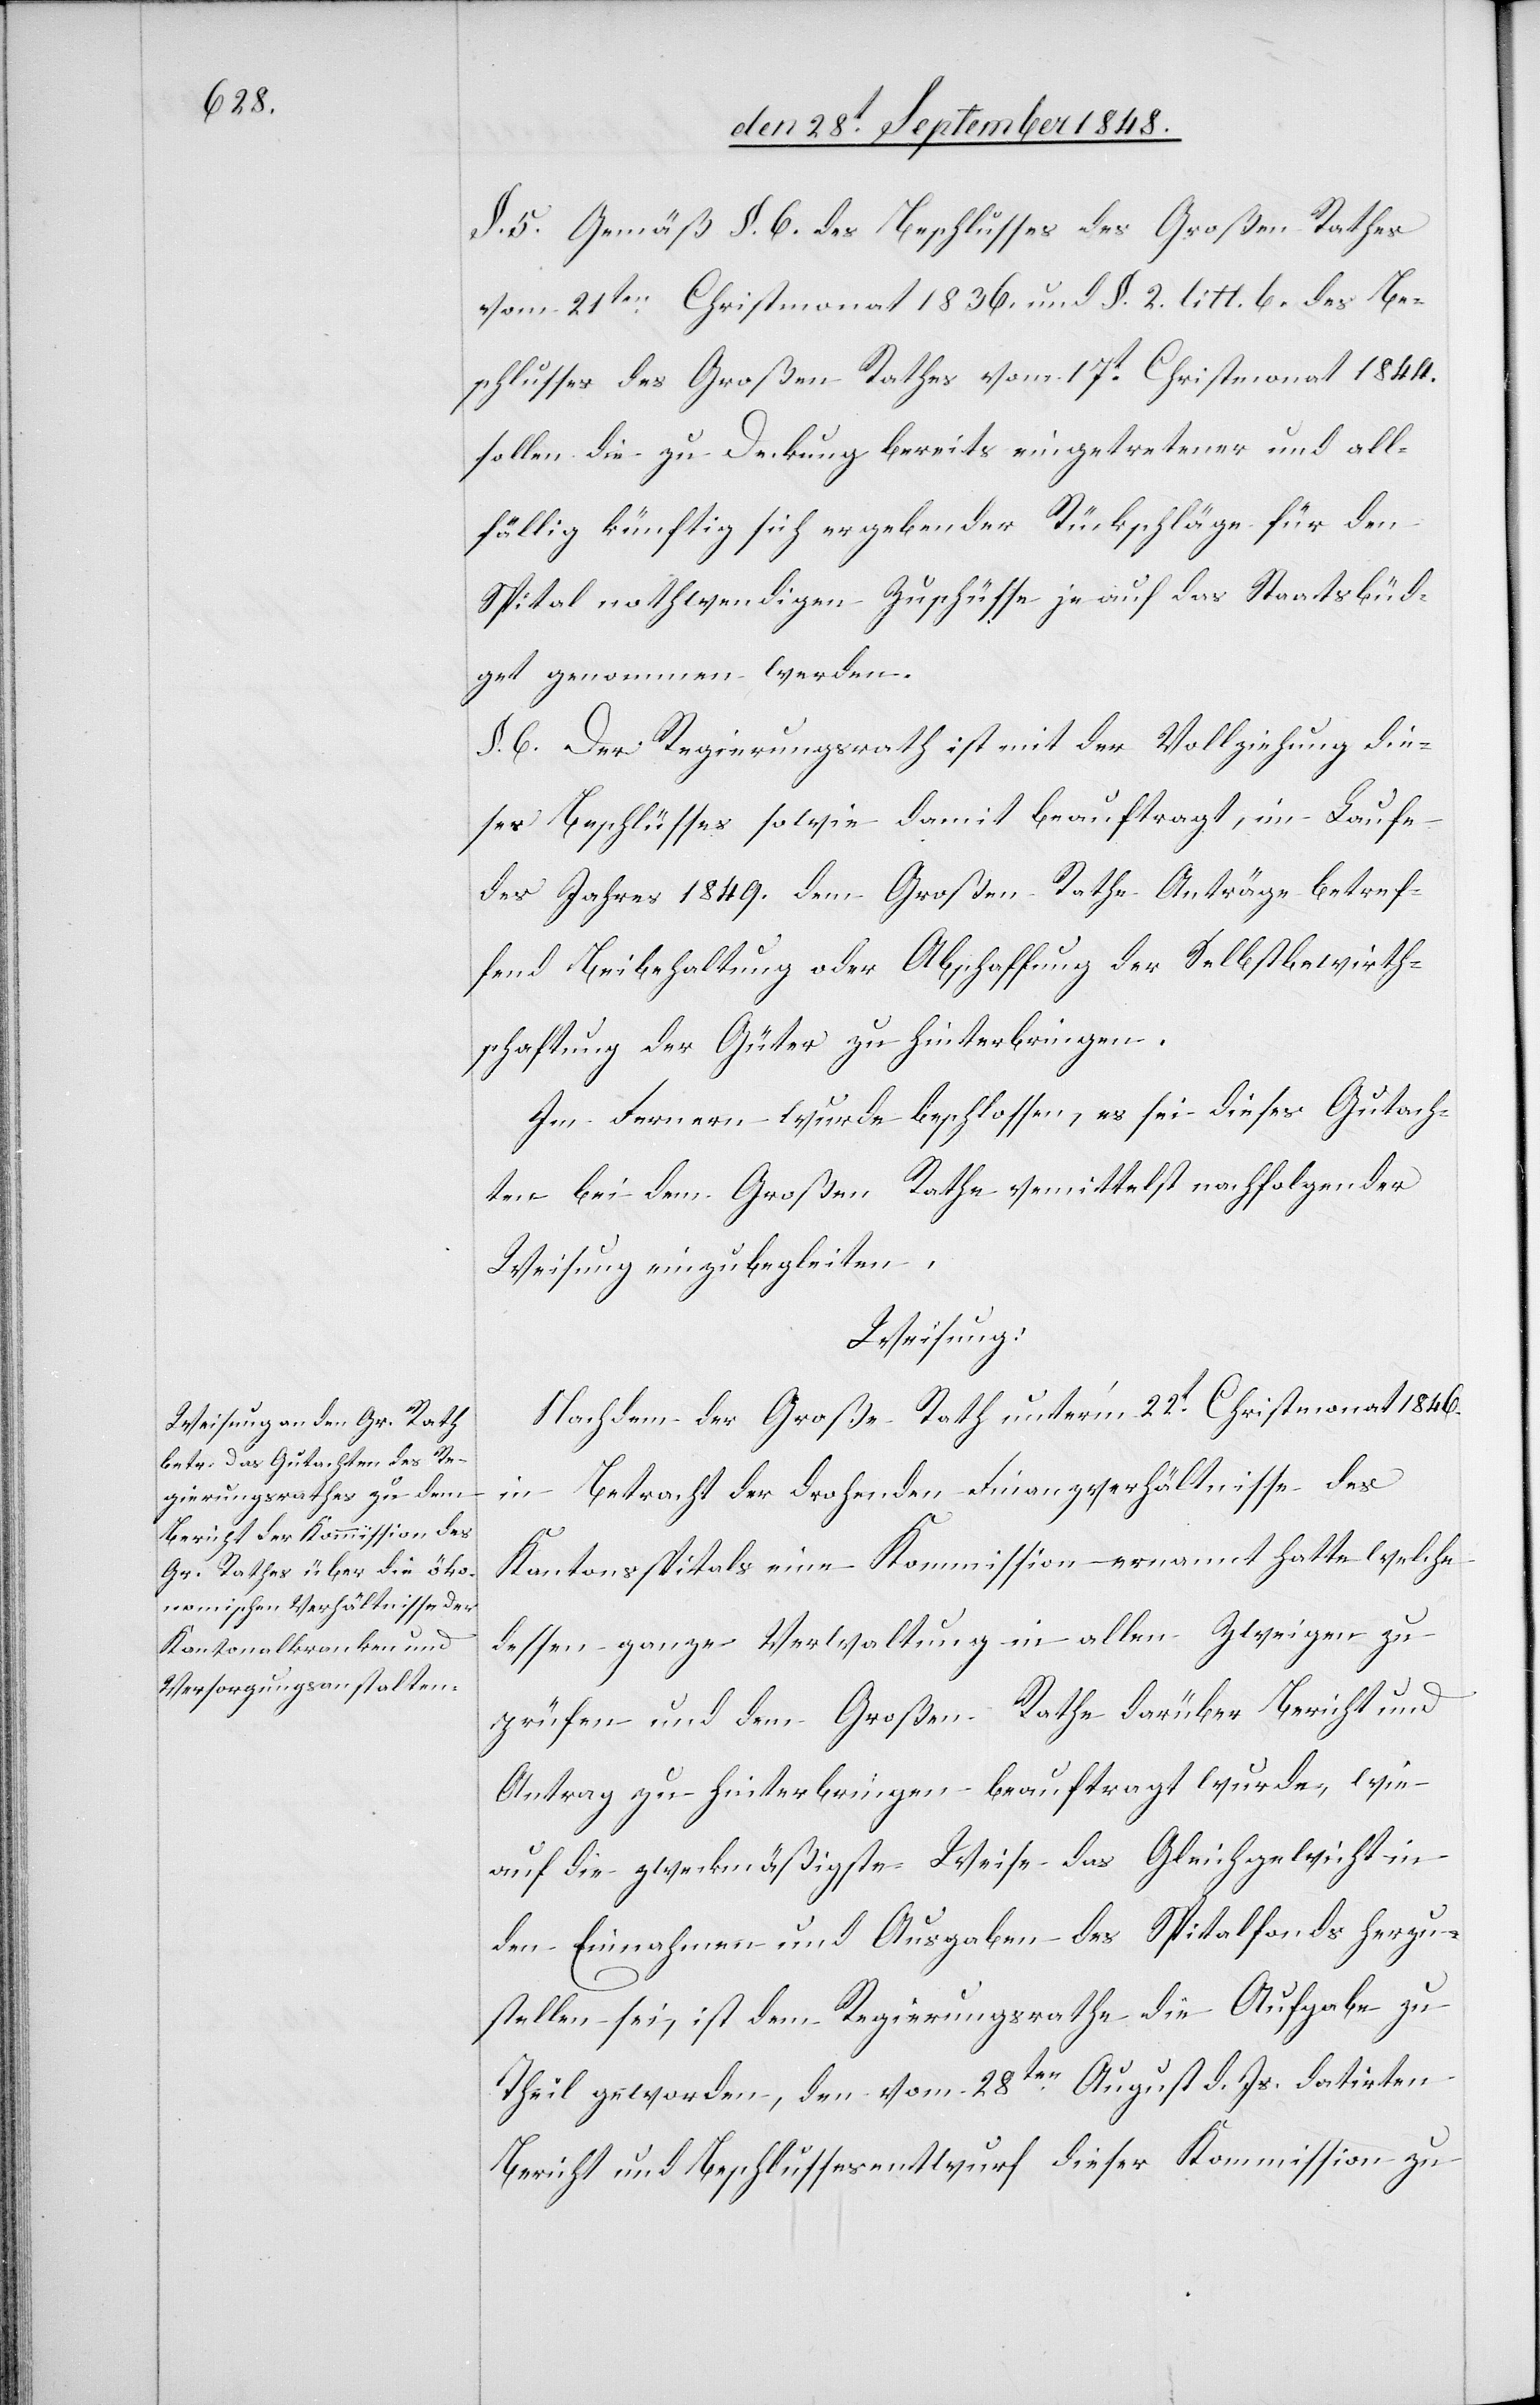
§. 5. Gemäß §. 6. des Beschlusses des Großen Rathes
vom 21ten. Christmonat 1836. und §. 2. litt. b. des Be¬
schlusses des Großen Rathes vom 17t Christmonat 1844.
sollen die zu Deckung bereits eingetretener und all¬
fällig künftig sich ergebender Rückschläge für den
Spital nothwendigen Zuschüsse je auf das Staatsbüd¬
get genommen werden.
§. 6. Der Regierungsrath ist mit der Vollziehung die¬
ses Beschlüsses [sic!] sowie damit beauftragt, im Laufe
des Jahres 1849. dem Großen Rathe Anträge betref¬
fend Beibehaltung oder Abschaffung der Selbstbewirth¬
schaftung der Güter zu hinterbringen.
Im Fernern wurde beschlossen, es sei dieses Gutach¬
ten bei dem Großen Rathe vermittelst nachfolgender
Weisung einzubegleiten.
Weisung:
Nachdem der Große Rath unter’m 22t Christmonat 1846.
in Betracht der drohenden Finanzverhältnisse des
Kantonsspitals eine Kommission ernannt hatte welche
dessen ganze Verwaltung in allen Zweigen zu
prüfen und dem Großen Rathe darüber Bericht und
Antrag zu hinterbringen beauftragt wurde, wie
auf die zweckmäßigste Weise das Gleichgewicht in
den Einnahmen und Ausgaben des Spitalfonds herzu¬
stellen sei, ist dem Regierungsrathe die Aufgabe zu
Theil geworden, den vom 28ten. August d. Js. datirten
Bericht und Beschlussesentwurf dieser Kommission zu